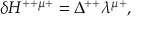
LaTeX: \delta H ^ { + + \mu + } = \Delta ^ { + + } \lambda ^ { \mu + } ,